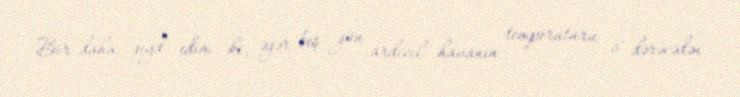
Bir daha qeyd edim ki, əgər beş gün ardıcıl havanın temperaturu 8 dərəcədən